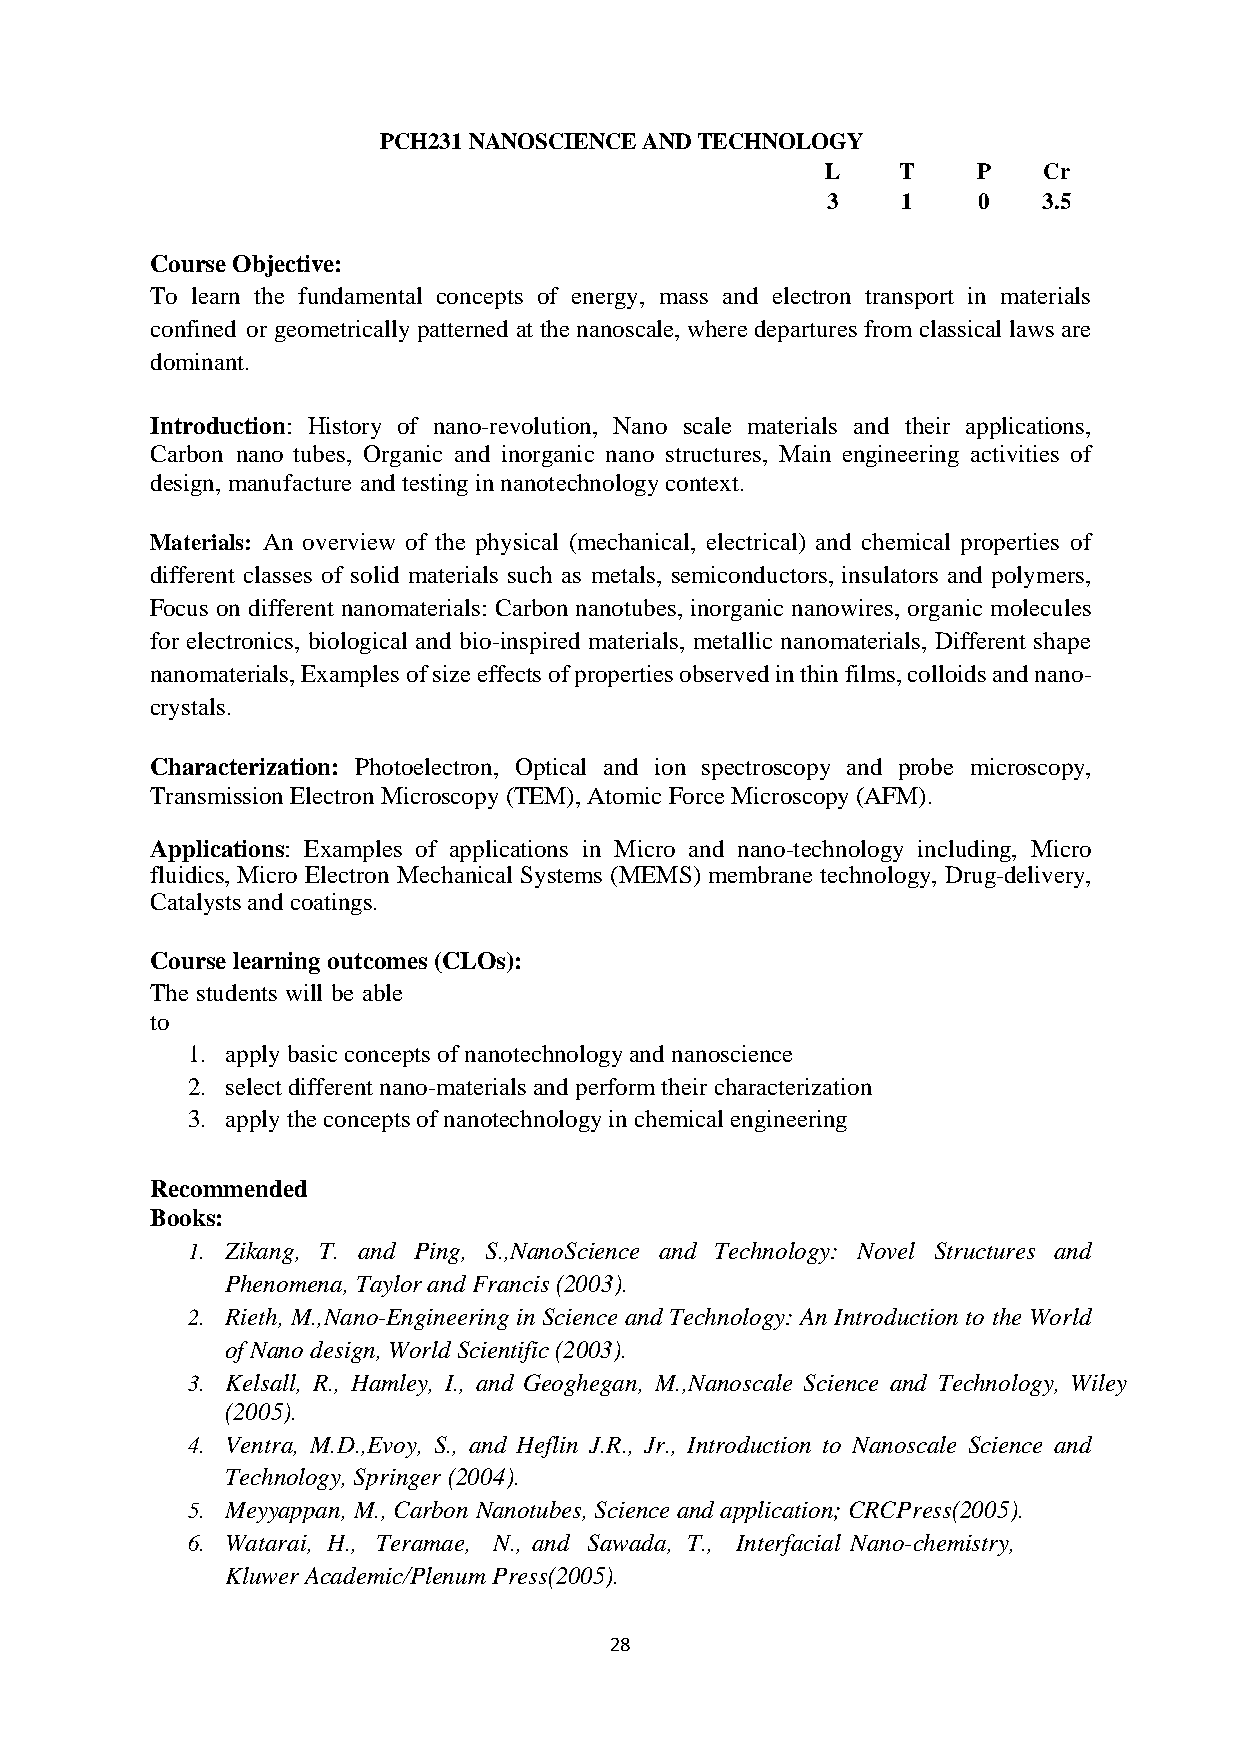
PCH231 NANOSCIENCE AND TECHNOLOGY
 L   T     P   Cr
 3    1    0   3.5
 Course Objective:
 To learn the fundamental concepts of energy, mass and electron transport in materials
 confined or geometrically patterned at the nanoscale, where departures from classical laws are
 dominant.
 Introduction: History of nano-revolution, Nano scale materials and their applications,
 Carbon nano tubes, Organic and inorganic nano structures, Main engineering activities of
 design, manufacture and testing in nanotechnology context.
 Materials: An overview of the physical (mechanical, electrical) and chemical properties of
 different classes of solid materials such as metals, semiconductors, insulators and polymers,
 Focus on different nanomaterials: Carbon nanotubes, inorganic nanowires, organic molecules
 for electronics, biological and bio-inspired materials, metallic nanomaterials, Different shape
 nanomaterials, Examples of size effects of properties observed in thin films, colloids and nano-
 crystals.
 Characterization: Photoelectron, Optical and ion spectroscopy and probe microscopy,
 Transmission Electron Microscopy (TEM), Atomic Force Microscopy (AFM).
 Applications: Examples of applications in Micro and nano-technology including, Micro
 fluidics, Micro Electron Mechanical Systems (MEMS) membrane technology, Drug-delivery,
 Catalysts and coatings.
 Course learning outcomes (CLOs):
 The students will be able
 to
 1. apply basic concepts of nanotechnology and nanoscience
 2. select different nano-materials and perform their characterization
 3. apply the concepts of nanotechnology in chemical engineering
 Recommended
 Books:
 1. Zikang, T. and Ping, S.,NanoScience and Technology: Novel Structures and
 Phenomena, Taylor and Francis (2003).
 2. Rieth, M.,Nano-Engineering in Science and Technology: An Introduction to the World
 of Nano design, World Scientific (2003).
 3. Kelsall, R., Hamley, I., and Geoghegan, M.,Nanoscale Science and Technology, Wiley
 (2005).
 4. Ventra, M.D.,Evoy, S., and Heflin J.R., Jr., Introduction to Nanoscale Science and
 Technology, Springer (2004).
 5. Meyyappan, M., Carbon Nanotubes, Science and application; CRCPress(2005).
 6. Watarai, H., Teramae, N., and Sawada, T., Interfacial Nano-chemistry,
 Kluwer Academic/Plenum Press(2005).
 28